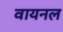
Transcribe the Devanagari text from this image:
वायनल